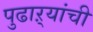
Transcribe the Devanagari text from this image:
पुढाऱ्यांची